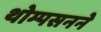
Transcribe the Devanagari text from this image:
थोम्पसनने